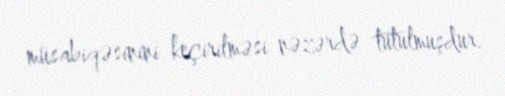
müsabiqəsinini keçirilməsi nəzərdə tutulmuşdur.